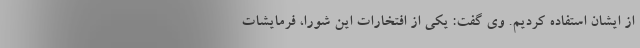
از ایشان استفاده کردیم. وی گفت: یکی از افتخارات این شورا، فرمایشات